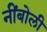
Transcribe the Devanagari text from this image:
नींबोली